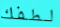
لطفك